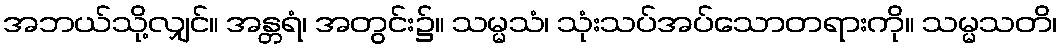
အဘယ်သို့လျှင်။ အန္တရံ၊ အတွင်း၌။ သမ္မသံ၊ သုံးသပ်အပ်သောတရားကို။ သမ္မသတိ၊